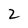
Character: 2